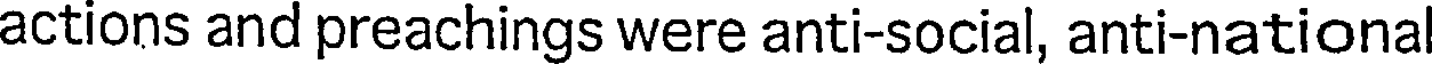
actions and preachings were anti-social, anti-nationa